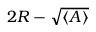
2 R - \sqrt { \langle A \rangle }